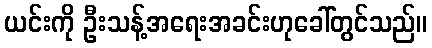
ယင်းကို ဦးသန့်အရေးအခင်းဟုခေါ်တွင်သည်။